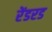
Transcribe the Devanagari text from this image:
रेंडरड